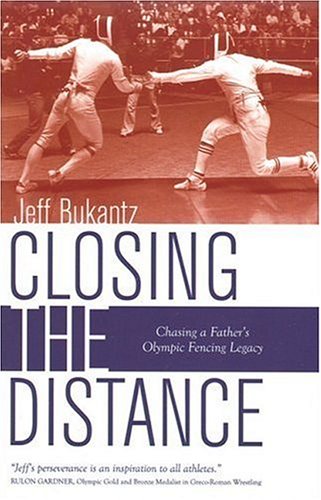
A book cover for Closing the Distance: Chasing a Father's Olympic Fencing Legacy; Jeff Bukantz; Sports & Outdoors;